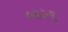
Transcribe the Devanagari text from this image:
०७२९